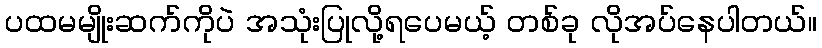
ပထမမျိုးဆက်ကိုပဲ အသုံးပြုလို့ရပေမယ့် တစ်ခု လိုအပ်နေပါတယ်။